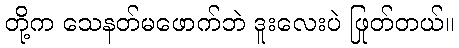
တို့က သေနတ်မဖောက်ဘဲ ဒူးလေးပဲ ဖြုတ်တယ်။